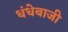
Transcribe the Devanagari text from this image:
धंधेबाजी